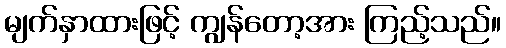
မျက်နှာထားဖြင့် ကျွန်တော့အား ကြည့်သည်။